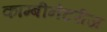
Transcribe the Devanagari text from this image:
काम्बीनेटरीज